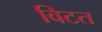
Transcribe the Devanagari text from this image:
विटत